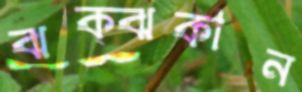
ঝক্‌ঝকান